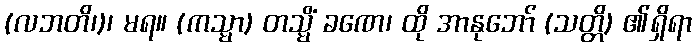
(လဘတိ၊)၊ မရ။ (ကသ္မာ) တသ္မိံ ခဏေ၊ ထို အာနုဘော် (သတ္တိ) ၏ရှိရာ